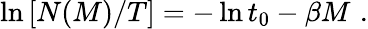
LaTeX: \ln\left[N(M)/T\right]=-\ln t_{0}-\beta M\, \, .